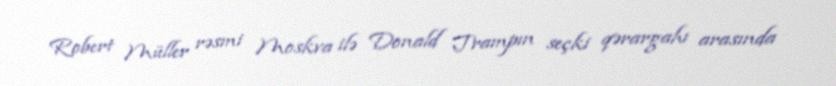
Robert Müller rəsmi Moskva ilə Donald Trampın seçki qərargahı arasında